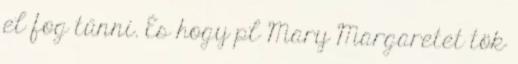
el fog tűnni. És hogy pl Mary Margaretet tök